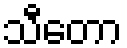
သီတော